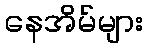
နေအိမ်များ